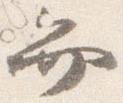
弁